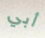
أبي